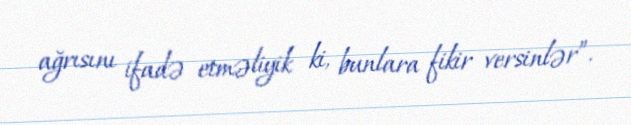
ağrısını ifadə etməliyik ki, bunlara fikir versinlər”.